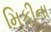
મિકીના